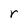
Character: r